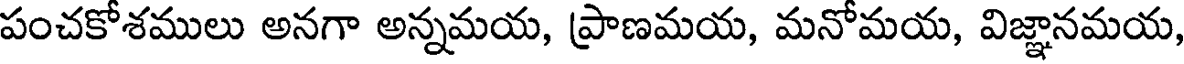
పంచకోశములు అనగా అన్నమయ, ప్రాణమయ, మనోమయ, విజ్ఞానమయ,